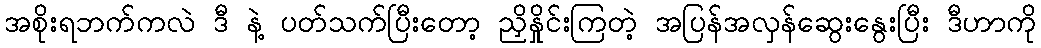
အစိုးရဘက်ကလဲ ဒီ နဲ့ ပတ်သက်ပြီးတော့ ညှိနှိုင်းကြတဲ့ အပြန်အလှန်ဆွေးနွေးပြီး ဒီဟာကို